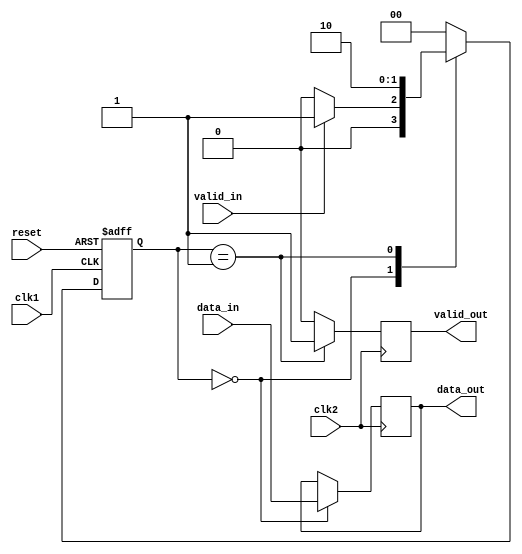
module synchronizer_with_handshaking (
    input wire clk1,
    input wire clk2,
    input wire reset,
    input wire data_in,
    output reg data_out,
    input wire valid_in,
    output reg valid_out
);

reg [1:0] state;
reg [1:0] next_state;

always @(posedge clk1 or posedge reset) begin
    if (reset) begin
        state <= 2'b00;
    end else begin
        state <= next_state;
    end
end

always @(*) begin
    case (state)
        2'b00: begin // Idle state
            if (valid_in) begin
                next_state = 2'b01;
            end else begin
                next_state = 2'b00;
            end
        end
        2'b01: begin // Transfer data state
            next_state = 2'b10;
        end
        2'b10: begin // Handshake state
            next_state = 2'b00;
        end
        default: next_state = 2'b00;
    endcase
end

always @(posedge clk2) begin
    case (state)
        2'b00: begin // Idle state
            data_out <= data_in;
            valid_out <= 0;
        end
        2'b01: begin // Transfer data state
            valid_out <= 1;
        end
        2'b10: begin // Handshake state
            valid_out <= 0;
        end
        default: valid_out <= 0;
    endcase
end

endmodule